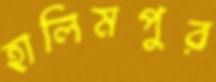
হালিমপুর